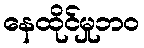
နေထိုင်မှုဘဝ